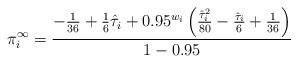
LaTeX: \begin{align*} \pi^{\infty}_i = \frac{-\frac{1}{36} + \frac{1}{6} \hat{\tau}_i + 0.95^{w_i} \left( \frac{\hat{\tau}_i^2}{80} - \frac{\hat{\tau}_i}{6} +\frac{1}{36}\right)}{1-0.95} \end{align*}